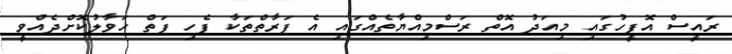
ރައީސް އޮފީހުގައި މިއަދު އޮތް ރަސްމިއްޔާތެއްގައި އެ ފަރާތްތަކާ ފެހި ފަތް ހަވާލުކޮށްދެއްވީ